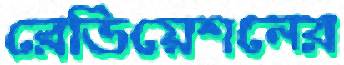
রেডিয়েশনের